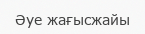
Әуе жағысжайы